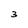
Character: 3